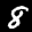
Label: 8